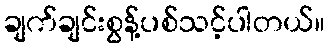
ချက်ချင်းစွန့်ပစ်သင့်ပါတယ်။